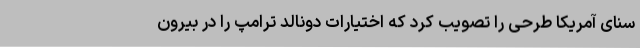
سنای آمریکا طرحی را تصویب کرد که اختیارات دونالد ترامپ را در بیرون